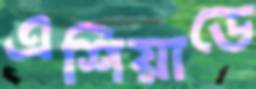
এশিয়াডে